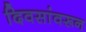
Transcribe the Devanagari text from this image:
दिवसांवरून